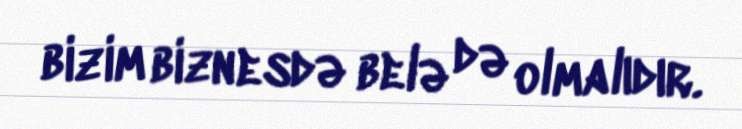
bizim biznesdə belə də olmalıdır.